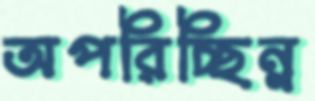
অপরিচ্ছিন্ন